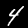
Digit: 4